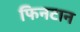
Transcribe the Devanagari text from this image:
फिनटान